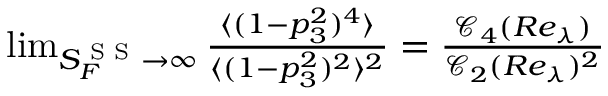
\begin{array} { r } { \operatorname* { l i m } _ { S _ { F } ^ { \textrm { S S } } \rightarrow \infty } \frac { \langle ( 1 - p _ { 3 } ^ { 2 } ) ^ { 4 } \rangle } { \langle ( 1 - p _ { 3 } ^ { 2 } ) ^ { 2 } \rangle ^ { 2 } } = \frac { \mathcal { C } _ { 4 } ( R e _ { \lambda } ) } { \mathcal { C } _ { 2 } ( R e _ { \lambda } ) ^ { 2 } } } \end{array}